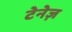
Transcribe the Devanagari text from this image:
टेनेज़